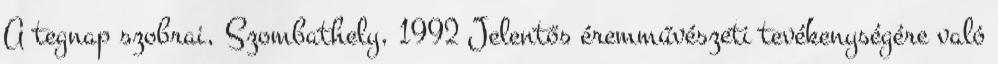
A tegnap szobrai, Szombathely, 1992 Jelentős éremművészeti tevékenységére való